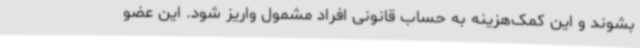
بشوند و این کمک‌هزینه به حساب قانونی افراد مشمول واریز شود. این عضو